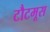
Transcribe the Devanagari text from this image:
टौटमूस